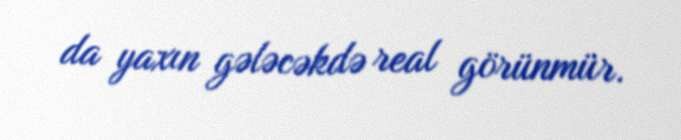
da yaxın gələcəkdə real görünmür.